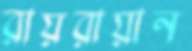
রায়রায়ান